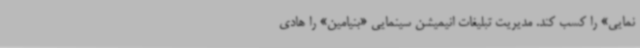
نمایی» را کسب کند. مدیریت تبلیغات انیمیشن سینمایی «بنیامین» را هادی